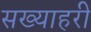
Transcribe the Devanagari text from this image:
सख्याहरी